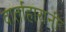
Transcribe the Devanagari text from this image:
वार्ताहारानी